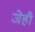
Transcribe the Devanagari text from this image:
जेही